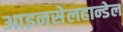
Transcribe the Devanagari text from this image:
आइनसेलहान्डेल